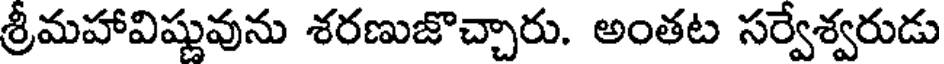
శ్రీమహావిష్ణువును శరణుజొచ్చారు. అంతట సర్వేశ్వరుడు